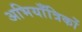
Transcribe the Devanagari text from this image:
अभियाँत्रिकों